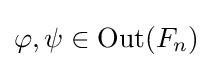
\varphi ,\psi \in \operatorname {Out} (F_{n})